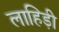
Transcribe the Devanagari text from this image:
लाहिडी़